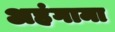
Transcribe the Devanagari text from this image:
अहंगामा